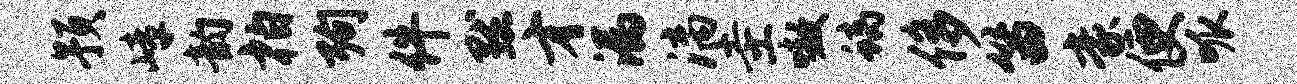
预嶂韵柏殉件默才漏漓圭嗷螭侈笛豪便呱